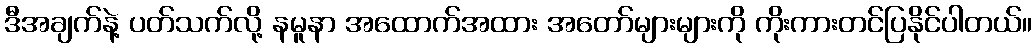
ဒီအချက်နဲ့ ပတ်သက်လို့ နမူနာ အထောက်အထား အတော်များများကို ကိုးကားတင်ပြနိုင်ပါတယ်။